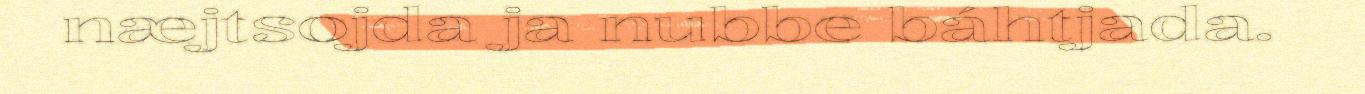
næjtsojda ja nubbe báhtjada.